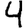
Digit: 4